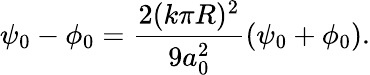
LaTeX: \psi_{0}-\phi_{0}=\frac{2(k\pi R)^{2}}{9a_{0}^{2}}(\psi_{0}+\phi_{0}).